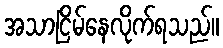
အသာငြိမ်နေလိုက်ရသည်။